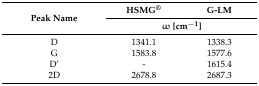
| <ROWSPAN=2> Peak Name | HSMG® | G-LM |
 | <COLSPAN=2> ω [cm−1] |
 | --- | --- | --- |
 | D | 1341.1 | 1338.3 |
 | G | 1583.8 | 1577.6 |
 | D’ | - | 1615.4 |
 | 2D | 2678.8 | 2687.3 |